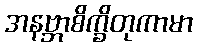
အနဗ္ဘာစိက္ခိတုကာမာ